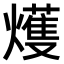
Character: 𤐰